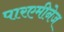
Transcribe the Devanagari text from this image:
पारएमीनेज